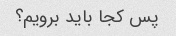
پس کجا باید برویم؟